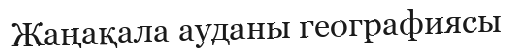
Жаңақала ауданы географиясы